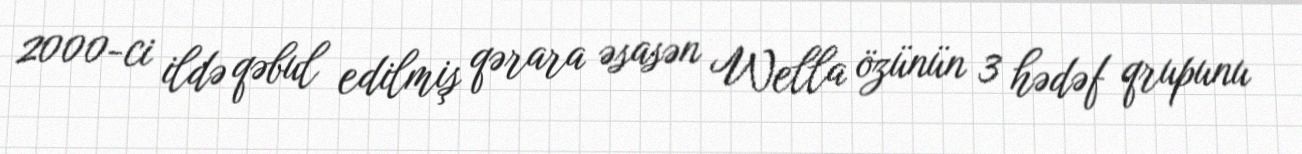
2000-ci ildə qəbul edilmiş qərara əsasən Wella özünün 3 hədəf qrupunu